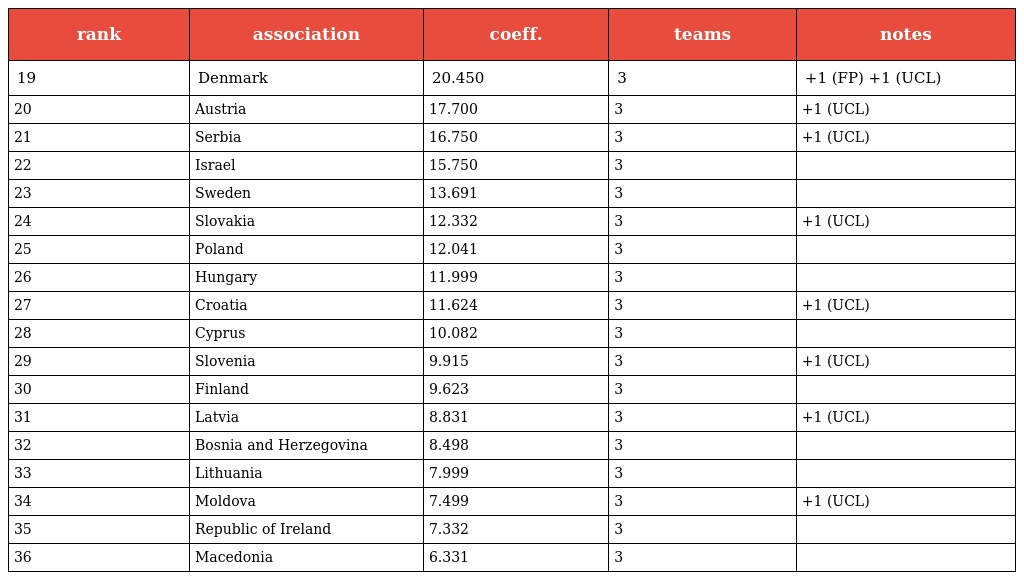
| rank | association | coeff. | teams | notes |
 | --- | --- | --- | --- | --- |
 | 19 | Denmark | 20.450 | 3 | +1 (FP) +1 (UCL) |
 | 20 | Austria | 17.700 | 3 | +1 (UCL) |
 | 21 | Serbia | 16.750 | 3 | +1 (UCL) |
 | 22 | Israel | 15.750 | 3 |  |
 | 23 | Sweden | 13.691 | 3 |  |
 | 24 | Slovakia | 12.332 | 3 | +1 (UCL) |
 | 25 | Poland | 12.041 | 3 |  |
 | 26 | Hungary | 11.999 | 3 |  |
 | 27 | Croatia | 11.624 | 3 | +1 (UCL) |
 | 28 | Cyprus | 10.082 | 3 |  |
 | 29 | Slovenia | 9.915 | 3 | +1 (UCL) |
 | 30 | Finland | 9.623 | 3 |  |
 | 31 | Latvia | 8.831 | 3 | +1 (UCL) |
 | 32 | Bosnia and Herzegovina | 8.498 | 3 |  |
 | 33 | Lithuania | 7.999 | 3 |  |
 | 34 | Moldova | 7.499 | 3 | +1 (UCL) |
 | 35 | Republic of Ireland | 7.332 | 3 |  |
 | 36 | Macedonia | 6.331 | 3 |  |